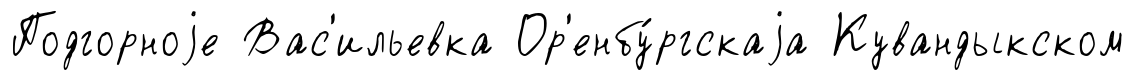
Подгорноjе Вас'ильевка Ор'енбу́ргскаjа Кувандыкском